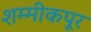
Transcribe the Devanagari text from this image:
शम्मीकपूर